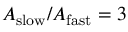
A _ { \mathrm { s l o w } } / A _ { \mathrm { f a s t } } = 3